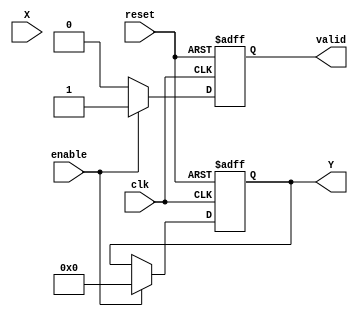
module approx_reciprocal (
    input wire clk,
    input wire reset,
    input wire enable,
    input wire [15:0] X, // 16-bit fixed-point input
    output reg [15:0] Y, // 16-bit fixed-point output
    output reg valid // Signal to indicate valid output
);

    // Internal signals
    reg [15:0] approx; // Approximate value of reciprocal
    reg [15:0] X_normalized; // Normalized input
    reg [15:0] scale_factor; // Scaling factor for output

    // Approximation parameters (example coefficients for polynomial approximation)
    parameter A = 16'h1A; // Coefficient for x^0
    parameter B = 16'hFF; // Coefficient for x^1
    parameter C = 16'hE0; // Coefficient for x^2

    // Normalization and approximation logic
    always @(posedge clk or posedge reset) begin
        if (reset) begin
            Y <= 16'h0;
            valid <= 1'b0;
        end else if (enable) begin
            // Normalize input (simple example: assume X > 0)
            X_normalized = X; // Further normalization can be added here

            // Approximate reciprocal using polynomial approximation
            approx = (A - (B * X_normalized >> 8) + (C * X_normalized >> 16)); // Example polynomial
            
            // Scale the output (if necessary)
            scale_factor = 16'h10000 / X_normalized; // Example scaling factor
            Y = approx * scale_factor >> 16; // Scale the approximation
            
            // Output saturation logic (optional)
            if (Y > 16'hFFFF) begin
                Y <= 16'hFFFF; // Saturate to max
            end else if (Y < 16'h0000) begin
                Y <= 16'h0000; // Saturate to min
            end
            
            valid <= 1'b1; // Indicate that output is valid
        end else begin
            valid <= 1'b0;
        end
    end

endmodule